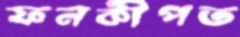
ফনকীপত